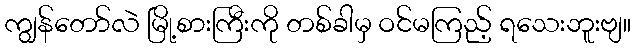
ကျွန်တော်လဲ မြို့စားကြီးကို တစ်ခါမှ ဝင်မကြည့် ရသေးဘူးဗျ။